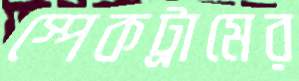
স্পেকট্রামের